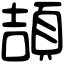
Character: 頡